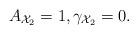
LaTeX: \begin{align*}A_{\mathcal{X}_{2}}=1,\gamma _{\mathcal{X}_{2}}=0. \end{align*}